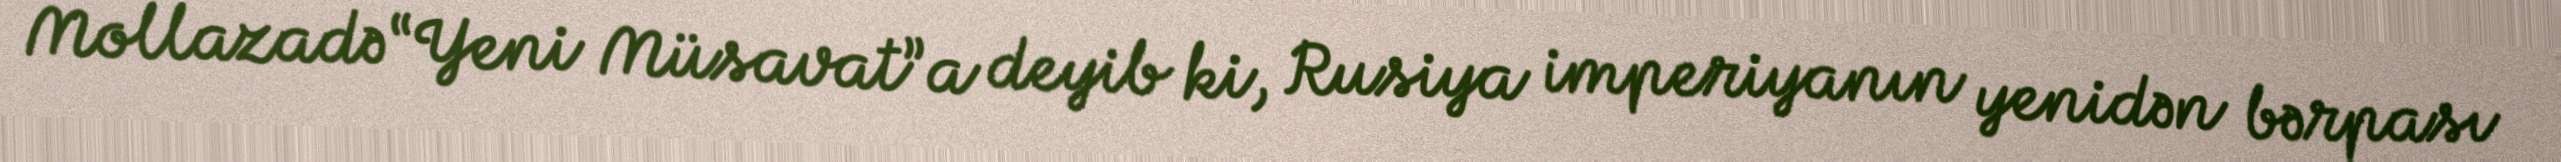
Mollazadə “Yeni Müsavat”a deyib ki, Rusiya imperiyanın yenidən bərpası